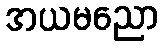
အယမညော